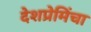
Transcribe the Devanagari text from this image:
देशप्रेमिंचा